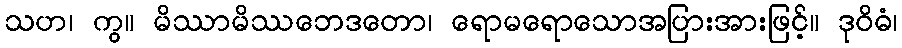
သဟ၊ ကွ။ မိဿာမိဿဘေဒတော၊ ရောမရောသောအပြားအားဖြင့်။ ဒုဝိဓံ၊